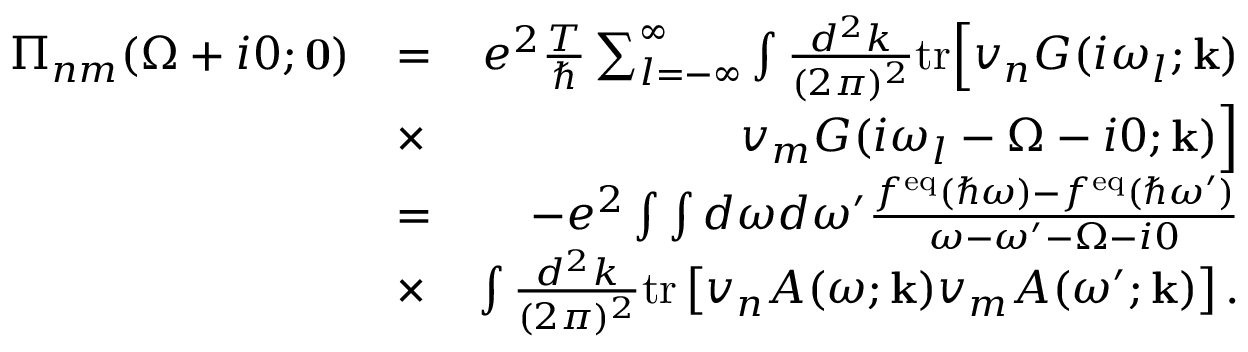
\begin{array} { r l r } { \Pi _ { n m } ( \Omega + i 0 ; \mathbf { 0 } ) } & { = } & { e ^ { 2 } \frac { T } { \hbar } \sum _ { l = - \infty } ^ { \infty } \int \frac { d ^ { 2 } k } { ( 2 \pi ) ^ { 2 } } \mathrm { t r } \Big [ v _ { n } G ( i \omega _ { l } ; \mathbf { k } ) } \\ & { \times } & { v _ { m } G ( i \omega _ { l } - \Omega - i 0 ; \mathbf { k } ) \Big ] } \\ & { = } & { - e ^ { 2 } \int \int d \omega d \omega ^ { \prime } \frac { f ^ { \mathrm { e q } } ( \hbar \omega ) - f ^ { \mathrm { e q } } ( \hbar \omega ^ { \prime } ) } { \omega - \omega ^ { \prime } - \Omega - i 0 } } \\ & { \times } & { \int \frac { d ^ { 2 } k } { ( 2 \pi ) ^ { 2 } } \mathrm { t r } \left[ v _ { n } A ( \omega ; \mathbf { k } ) v _ { m } A ( \omega ^ { \prime } ; \mathbf { k } ) \right] . } \end{array}